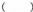
()